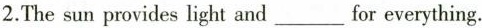
2.The sun provides light and___for everything.